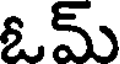
ఓమ్